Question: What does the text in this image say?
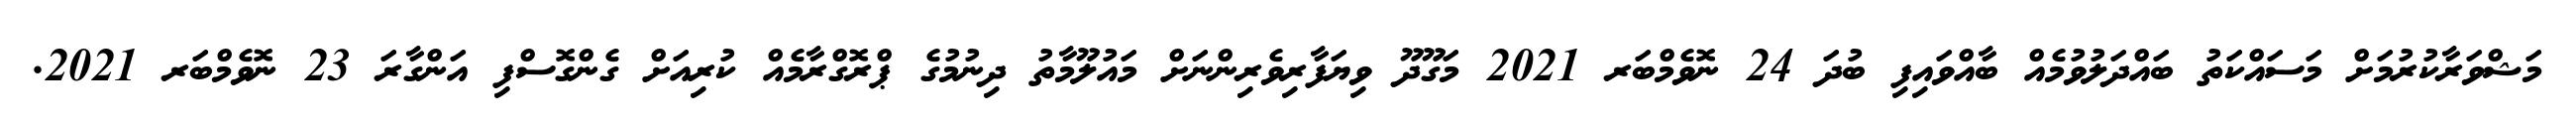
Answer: މަޝްވަރާކުރުމަށް މަސައްކަތު ބައްދަލުވުމެއް ބާއްވައިފި ބުދަ 24 ނޮވެމްބަރ 2021 މަގޫދޫ ވިޔަފާރިވެރިންނަށް މައުލޫމާތު ދިނުމުގެ ޕްރޮގްރާމެއް ކުރިއަށް ގެންގޮސްފި އަންގާރަ 23 ނޮވެމްބަރ 2021.